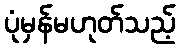
ပုံမှန်မဟုတ်သည့်